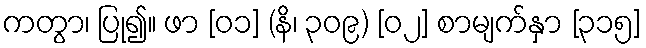
ကတွာ၊ ပြု၍။ ဖာ [၀၁] (နိ၊ ၃၀၉) [၀၂] စာမျက်နှာ [၃၁၅]